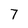
Character: 7